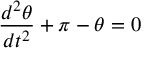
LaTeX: { \frac { d ^ { 2 } \theta } { d t ^ { 2 } } } + \pi - \theta = 0